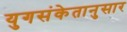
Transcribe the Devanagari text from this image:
युगसंकेतानुसार